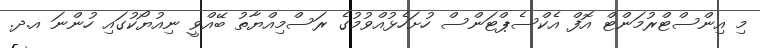
މި އިންސްޓްރުމަންޓް އޮފް އެކްސެޕްޓަންސް ހުށަހެޅުއްވުމުގެ ރަސްމިއްޔާތު ބޭއްވީ ނިއުޔޯކުގައި ހުންނަ އ.ދ.